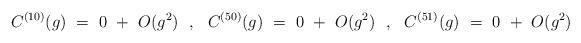
LaTeX: \begin{align*}C^{(10)}(g) ~=~ 0 ~+~ O(g^2) ~~,~~ C^{(50)}(g) ~=~ 0 ~+~ O(g^2) ~~,~~ C^{(51)}(g) ~=~ 0 ~+~ O(g^2)\end{align*}